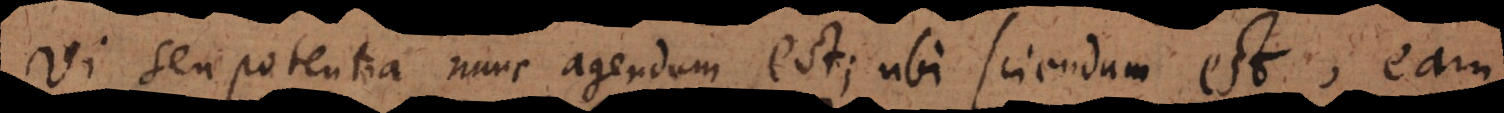
vi seu potentia nunc agendum est; ubi sciendum est, eam